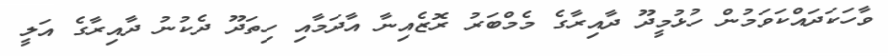
ވާހަކަދައްކަވަމުން ހުޅުމީދޫ ދާއިރާގެ މެމްބަރު ރޮޒެއިނާ އާދަމާއި ހިތަދޫ ދެކުނު ދާއިރާގެ އަލީ